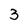
Character: 3